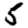
Digit: 5